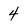
Character: 4